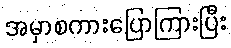
အမှာစကားပြောကြားပြီး